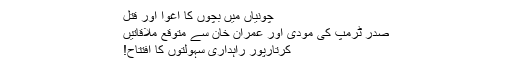
چونیاں میں بچوں کا اغوا اور قتل
صدر ٹرمپ کی مودی اور عمران خان سے متوقع ملاقاتیں
کرتارپور راہداری سہولتوں کا افتتاح!